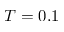
T = 0 . 1